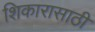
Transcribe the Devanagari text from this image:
शिकारासाठी